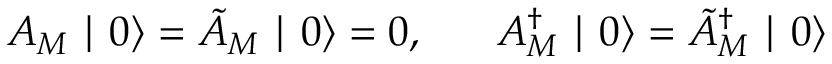
A _ { M } \mid 0 \rangle = \tilde { A } _ { M } \mid 0 \rangle = 0 , \; \; \; \; \; \; A _ { M } ^ { \dagger } \mid 0 \rangle = \tilde { A } _ { M } ^ { \dagger } \mid 0 \rangle